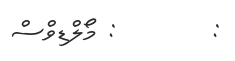
:        : މޯލްޑިވްސް